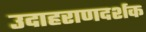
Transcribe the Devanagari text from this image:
उदाहराणदर्शक